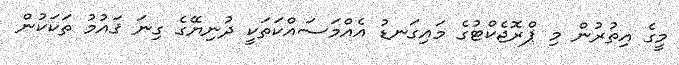
މީގެ އިތުރުން މި ޕްރޮޖެކްޓުގެ މައިގަނޑު އެއްމަސައްކަތަކީ ދުނިޔޭގެ ގިނަ ޤައުމު ތަކަކުން